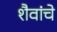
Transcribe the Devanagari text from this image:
शैवांचे